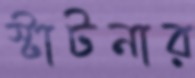
স্টাটনার